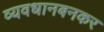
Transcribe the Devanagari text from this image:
व्यवधानबनकर